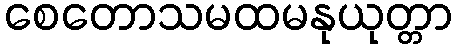
စေတောသမထမနုယုတ္တာ